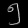
Digit: ၅